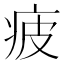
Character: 疲